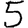
Digit: 5